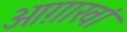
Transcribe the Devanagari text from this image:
आग़ाखां